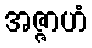
အဇ္ဇာဟံ